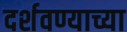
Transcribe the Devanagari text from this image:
दर्शवण्याच्या